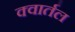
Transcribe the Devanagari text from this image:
क्वार्तल